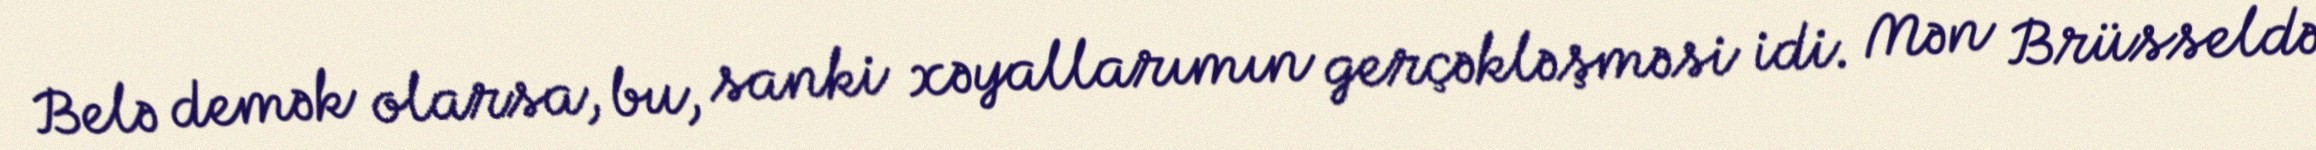
Belə demək olarsa, bu, sanki xəyallarımın gerçəkləşməsi idi. Mən Brüsseldə